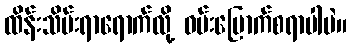
ထိန်းသိမ်းရာရောက်လို့ ဝမ်းမြောက်စရာပါပဲ။